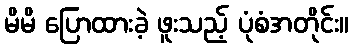
မိမိ ပြောထားခဲ့ ဖူးသည့် ပုံစံအတိုင်း။